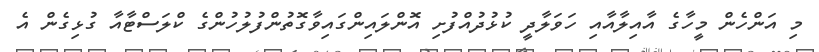
މި އަންހެން މީހާގެ އާއިލާއާއި ހަވަލާދީ ކުޅުދުއްފުށި އޮންލައިންގައިވާގޮތުންފުލުހުންގެ ކްލަސްޓާއާ ގުޅިގެން އެ